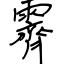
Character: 霽